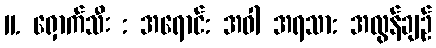
11. ရှောက်သီး : အရောင်: အဝါ အရသာ: အလွန်ချဉ်